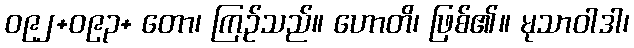
ဝ၉၂+ဝ၉၃+ တော၊ ကြဉ်သည်။ ဟောတိ၊ ဖြစ်၏။ မုသာဝါဒါ၊